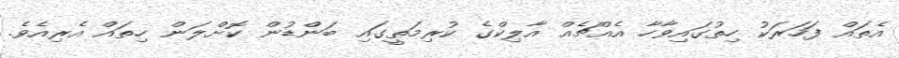
އެތައް ފަހަރަކު ހިތުގައިވާހާ އެއްޗެއް އާލިކްގެ ކުރިމަތީގައި ބަންޑުން ކޮށްލަން ހިތައް އެރިއެވެ.